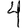
Digit: 4